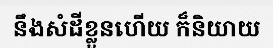
នឹងសំដីខ្លួនហើយ ក៏និយាយ